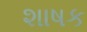
શાષક